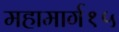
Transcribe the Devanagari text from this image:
महामार्ग१५